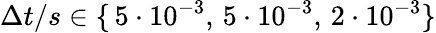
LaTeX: \Delta t/s\in\{ \, 5\cdot 10^{-3},\, 5\cdot 10^{-3},\, 2\cdot 10^{-3}\}